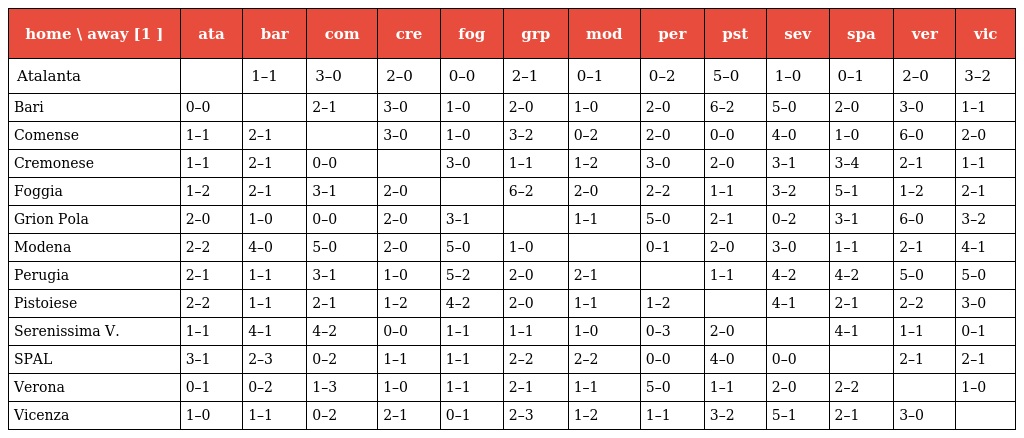
| home \ away [1 ] | ata | bar | com | cre | fog | grp | mod | per | pst | sev | spa | ver | vic |
 | --- | --- | --- | --- | --- | --- | --- | --- | --- | --- | --- | --- | --- | --- |
 | Atalanta |  | 1–1 | 3–0 | 2–0 | 0–0 | 2–1 | 0–1 | 0–2 | 5–0 | 1–0 | 0–1 | 2–0 | 3–2 |
 | Bari | 0–0 |  | 2–1 | 3–0 | 1–0 | 2–0 | 1–0 | 2–0 | 6–2 | 5–0 | 2–0 | 3–0 | 1–1 |
 | Comense | 1–1 | 2–1 |  | 3–0 | 1–0 | 3–2 | 0–2 | 2–0 | 0–0 | 4–0 | 1–0 | 6–0 | 2–0 |
 | Cremonese | 1–1 | 2–1 | 0–0 |  | 3–0 | 1–1 | 1–2 | 3–0 | 2–0 | 3–1 | 3–4 | 2–1 | 1–1 |
 | Foggia | 1–2 | 2–1 | 3–1 | 2–0 |  | 6–2 | 2–0 | 2–2 | 1–1 | 3–2 | 5–1 | 1–2 | 2–1 |
 | Grion Pola | 2–0 | 1–0 | 0–0 | 2–0 | 3–1 |  | 1–1 | 5–0 | 2–1 | 0–2 | 3–1 | 6–0 | 3–2 |
 | Modena | 2–2 | 4–0 | 5–0 | 2–0 | 5–0 | 1–0 |  | 0–1 | 2–0 | 3–0 | 1–1 | 2–1 | 4–1 |
 | Perugia | 2–1 | 1–1 | 3–1 | 1–0 | 5–2 | 2–0 | 2–1 |  | 1–1 | 4–2 | 4–2 | 5–0 | 5–0 |
 | Pistoiese | 2–2 | 1–1 | 2–1 | 1–2 | 4–2 | 2–0 | 1–1 | 1–2 |  | 4–1 | 2–1 | 2–2 | 3–0 |
 | Serenissima V. | 1–1 | 4–1 | 4–2 | 0–0 | 1–1 | 1–1 | 1–0 | 0–3 | 2–0 |  | 4–1 | 1–1 | 0–1 |
 | SPAL | 3–1 | 2–3 | 0–2 | 1–1 | 1–1 | 2–2 | 2–2 | 0–0 | 4–0 | 0–0 |  | 2–1 | 2–1 |
 | Verona | 0–1 | 0–2 | 1–3 | 1–0 | 1–1 | 2–1 | 1–1 | 5–0 | 1–1 | 2–0 | 2–2 |  | 1–0 |
 | Vicenza | 1–0 | 1–1 | 0–2 | 2–1 | 0–1 | 2–3 | 1–2 | 1–1 | 3–2 | 5–1 | 2–1 | 3–0 |  |